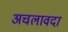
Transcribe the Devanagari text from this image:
अचलावदा